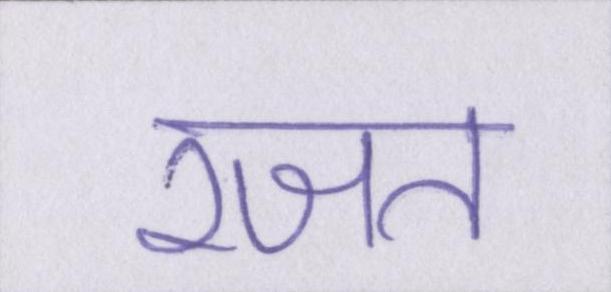
रजत